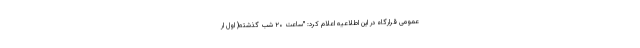
عمومی قرارگاه در این اطلاعیه اعلام کرد: "ساعت ۲۰ شب گذشته( اول ار